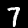
Label: 7